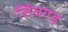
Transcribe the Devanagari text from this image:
सिंघगढ़